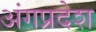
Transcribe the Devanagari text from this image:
अंगप्रदेश